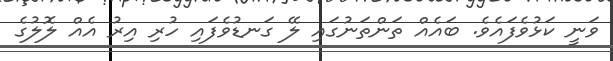
ވަނީ ކަޅުވެފައެވެ. ބައެއް ތަންތަނުގައި ލޭ ގަނޑުވެފައި ހުރި އިރު އެއް ލޮލުގެ